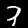
Label: 7